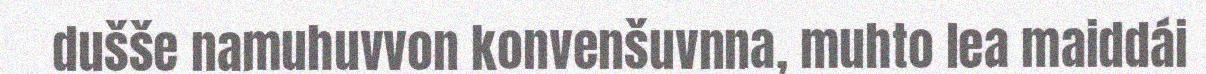
dušše namuhuvvon konvenšuvnna, muhto lea maiddái